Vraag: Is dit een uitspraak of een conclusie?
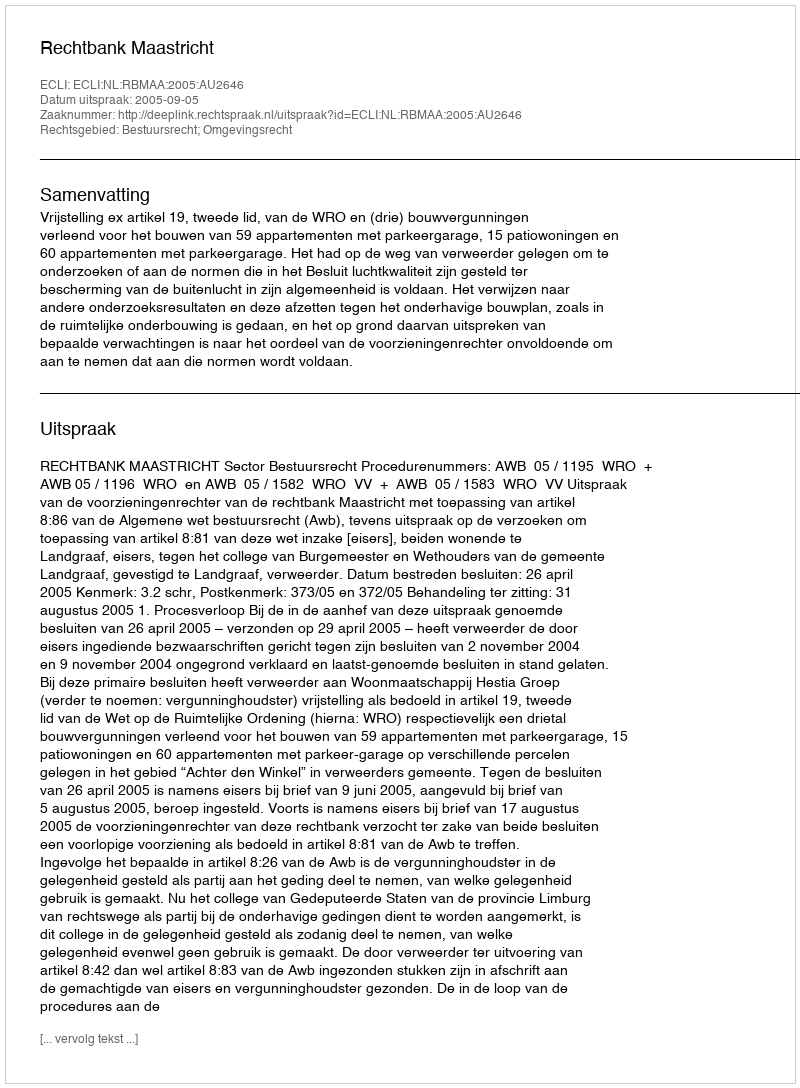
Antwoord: Uitspraak